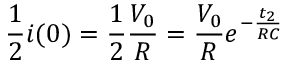
\frac { 1 } { 2 } i ( 0 ) = \frac { 1 } { 2 } \frac { V _ { 0 } } { R } = \frac { V _ { 0 } } { R } e ^ { - \frac { t _ { 2 } } { R C } }